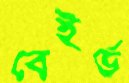
বেইর্ড